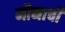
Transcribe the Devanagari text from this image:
मौनाची